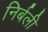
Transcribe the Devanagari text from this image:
निर्बली